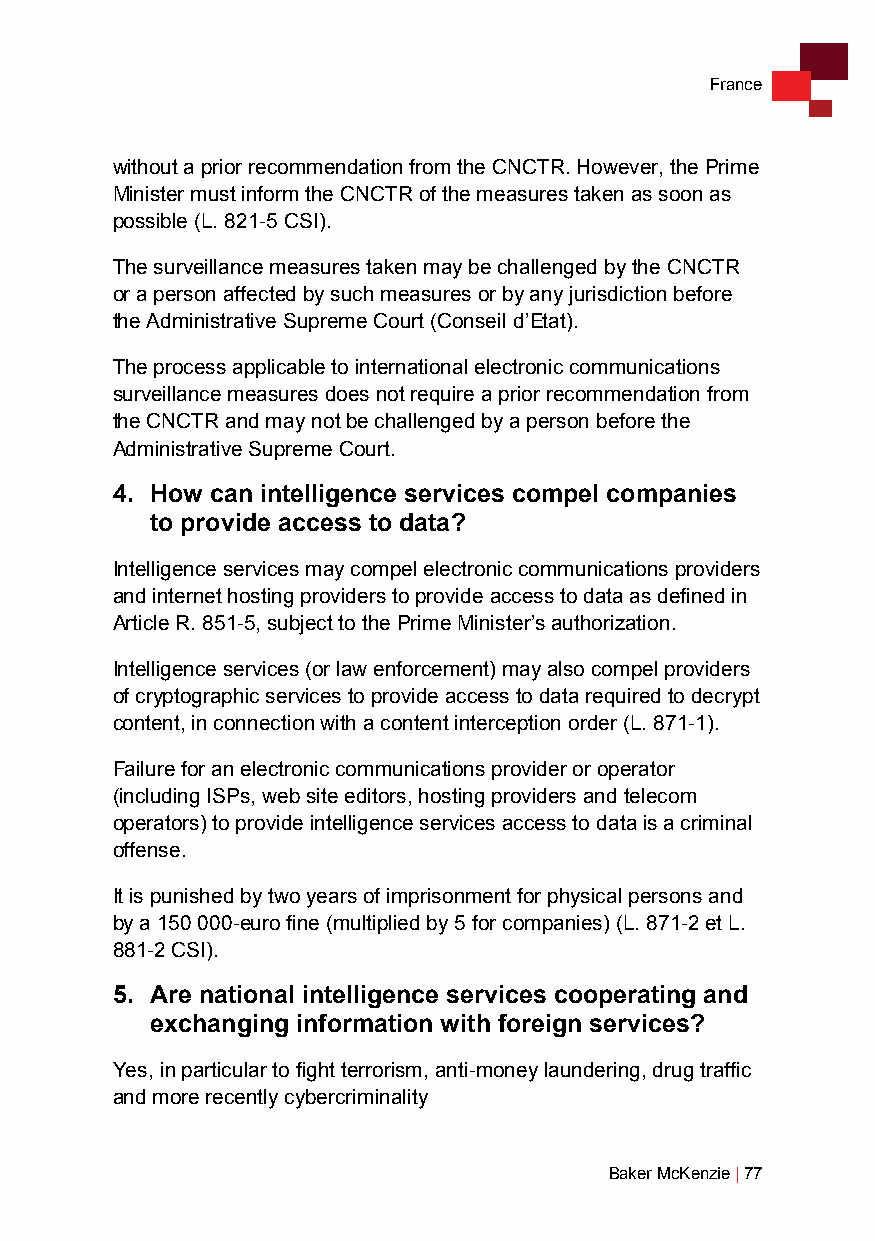
France
 without a prior recommendation from the CNCTR. However, the Prime
 Minister must inform the CNCTR of the measures taken as soon as
 possible (L. 821-5 CSI).
 The surveillance measures taken may be challenged by the CNCTR
 or a person affected by such measures or by any jurisdiction before
 the Administrative Supreme Court (Conseil d’Etat).
 The process applicable to international electronic communications
 surveillance measures does not require a prior recommendation from
 the CNCTR and may not be challenged by a person before the
 Administrative Supreme Court.
 4. How can intelligence services compel companies
 to provide access to data?
 Intelligence services may compel electronic communications providers
 and internet hosting providers to provide access to data as defined in
 Article R. 851-5, subject to the Prime Minister’s authorization.
 Intelligence services (or law enforcement) may also compel providers
 of cryptographic services to provide access to data required to decrypt
 content, in connection with a content interception order (L. 871-1).
 Failure for an electronic communications provider or operator
 (including ISPs, web site editors, hosting providers and telecom
 operators) to provide intelligence services access to data is a criminal
 offense.
 It is punished by two years of imprisonment for physical persons and
 by a 150 000-euro fine (multiplied by 5 for companies) (L. 871-2 et L.
 881-2 CSI).
 5. Are national intelligence services cooperating and
 exchanging information with foreign services?
 Yes, in particular to fight terrorism, anti-money laundering, drug traffic
 and more recently cybercriminality
 Baker McKenzie | 77